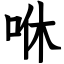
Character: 咻